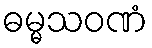
ဓမ္မသဝဏံ